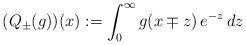
LaTeX: \begin{align*}(Q_\pm(g))(x):=\int_0^\infty g(x\mp z)\,e^{-z}\,dz\end{align*}